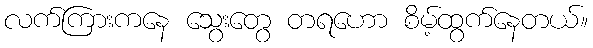
လက်ကြားကနေ သွေးတွေ တရဟော စိမ့်ထွက်နေတယ်။